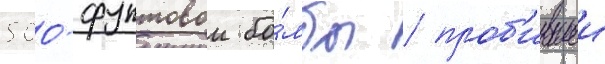
500-фунтовои бо́мбы / проб'ившеи